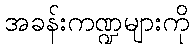
အခန်းကဏ္ဍများကို